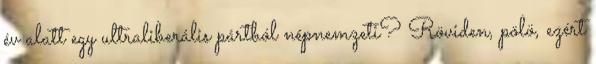
év alatt egy ultraliberális pártból népnemzeti? Röviden, pölö, ezért